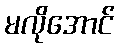
မလိုအောင်